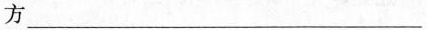
方___